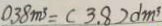
0 . 3 8 m ^ { 3 } = ( 3 . 8 ) d m ^ { 3 }